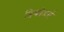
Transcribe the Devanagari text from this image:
डिकोडर्स